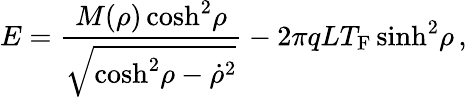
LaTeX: E={\frac{M(\rho)\cosh^{2}\! \rho}{\sqrt{\cosh^{2}\! \rho-{\dot{\rho}}^{2}}}}-{2\pi qLT_{\mathrm{F}}}\sinh^{2}\! \rho\, ,